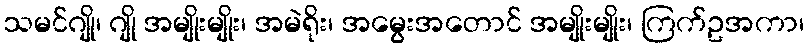
သမင်ဂျို၊ ဂျို အမျိုးမျိုး၊ အမဲရိုး၊ အမွေးအတောင် အမျိုးမျိုး၊ ကြက်ဥအကာ၊